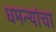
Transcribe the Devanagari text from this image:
धमन्यांचा